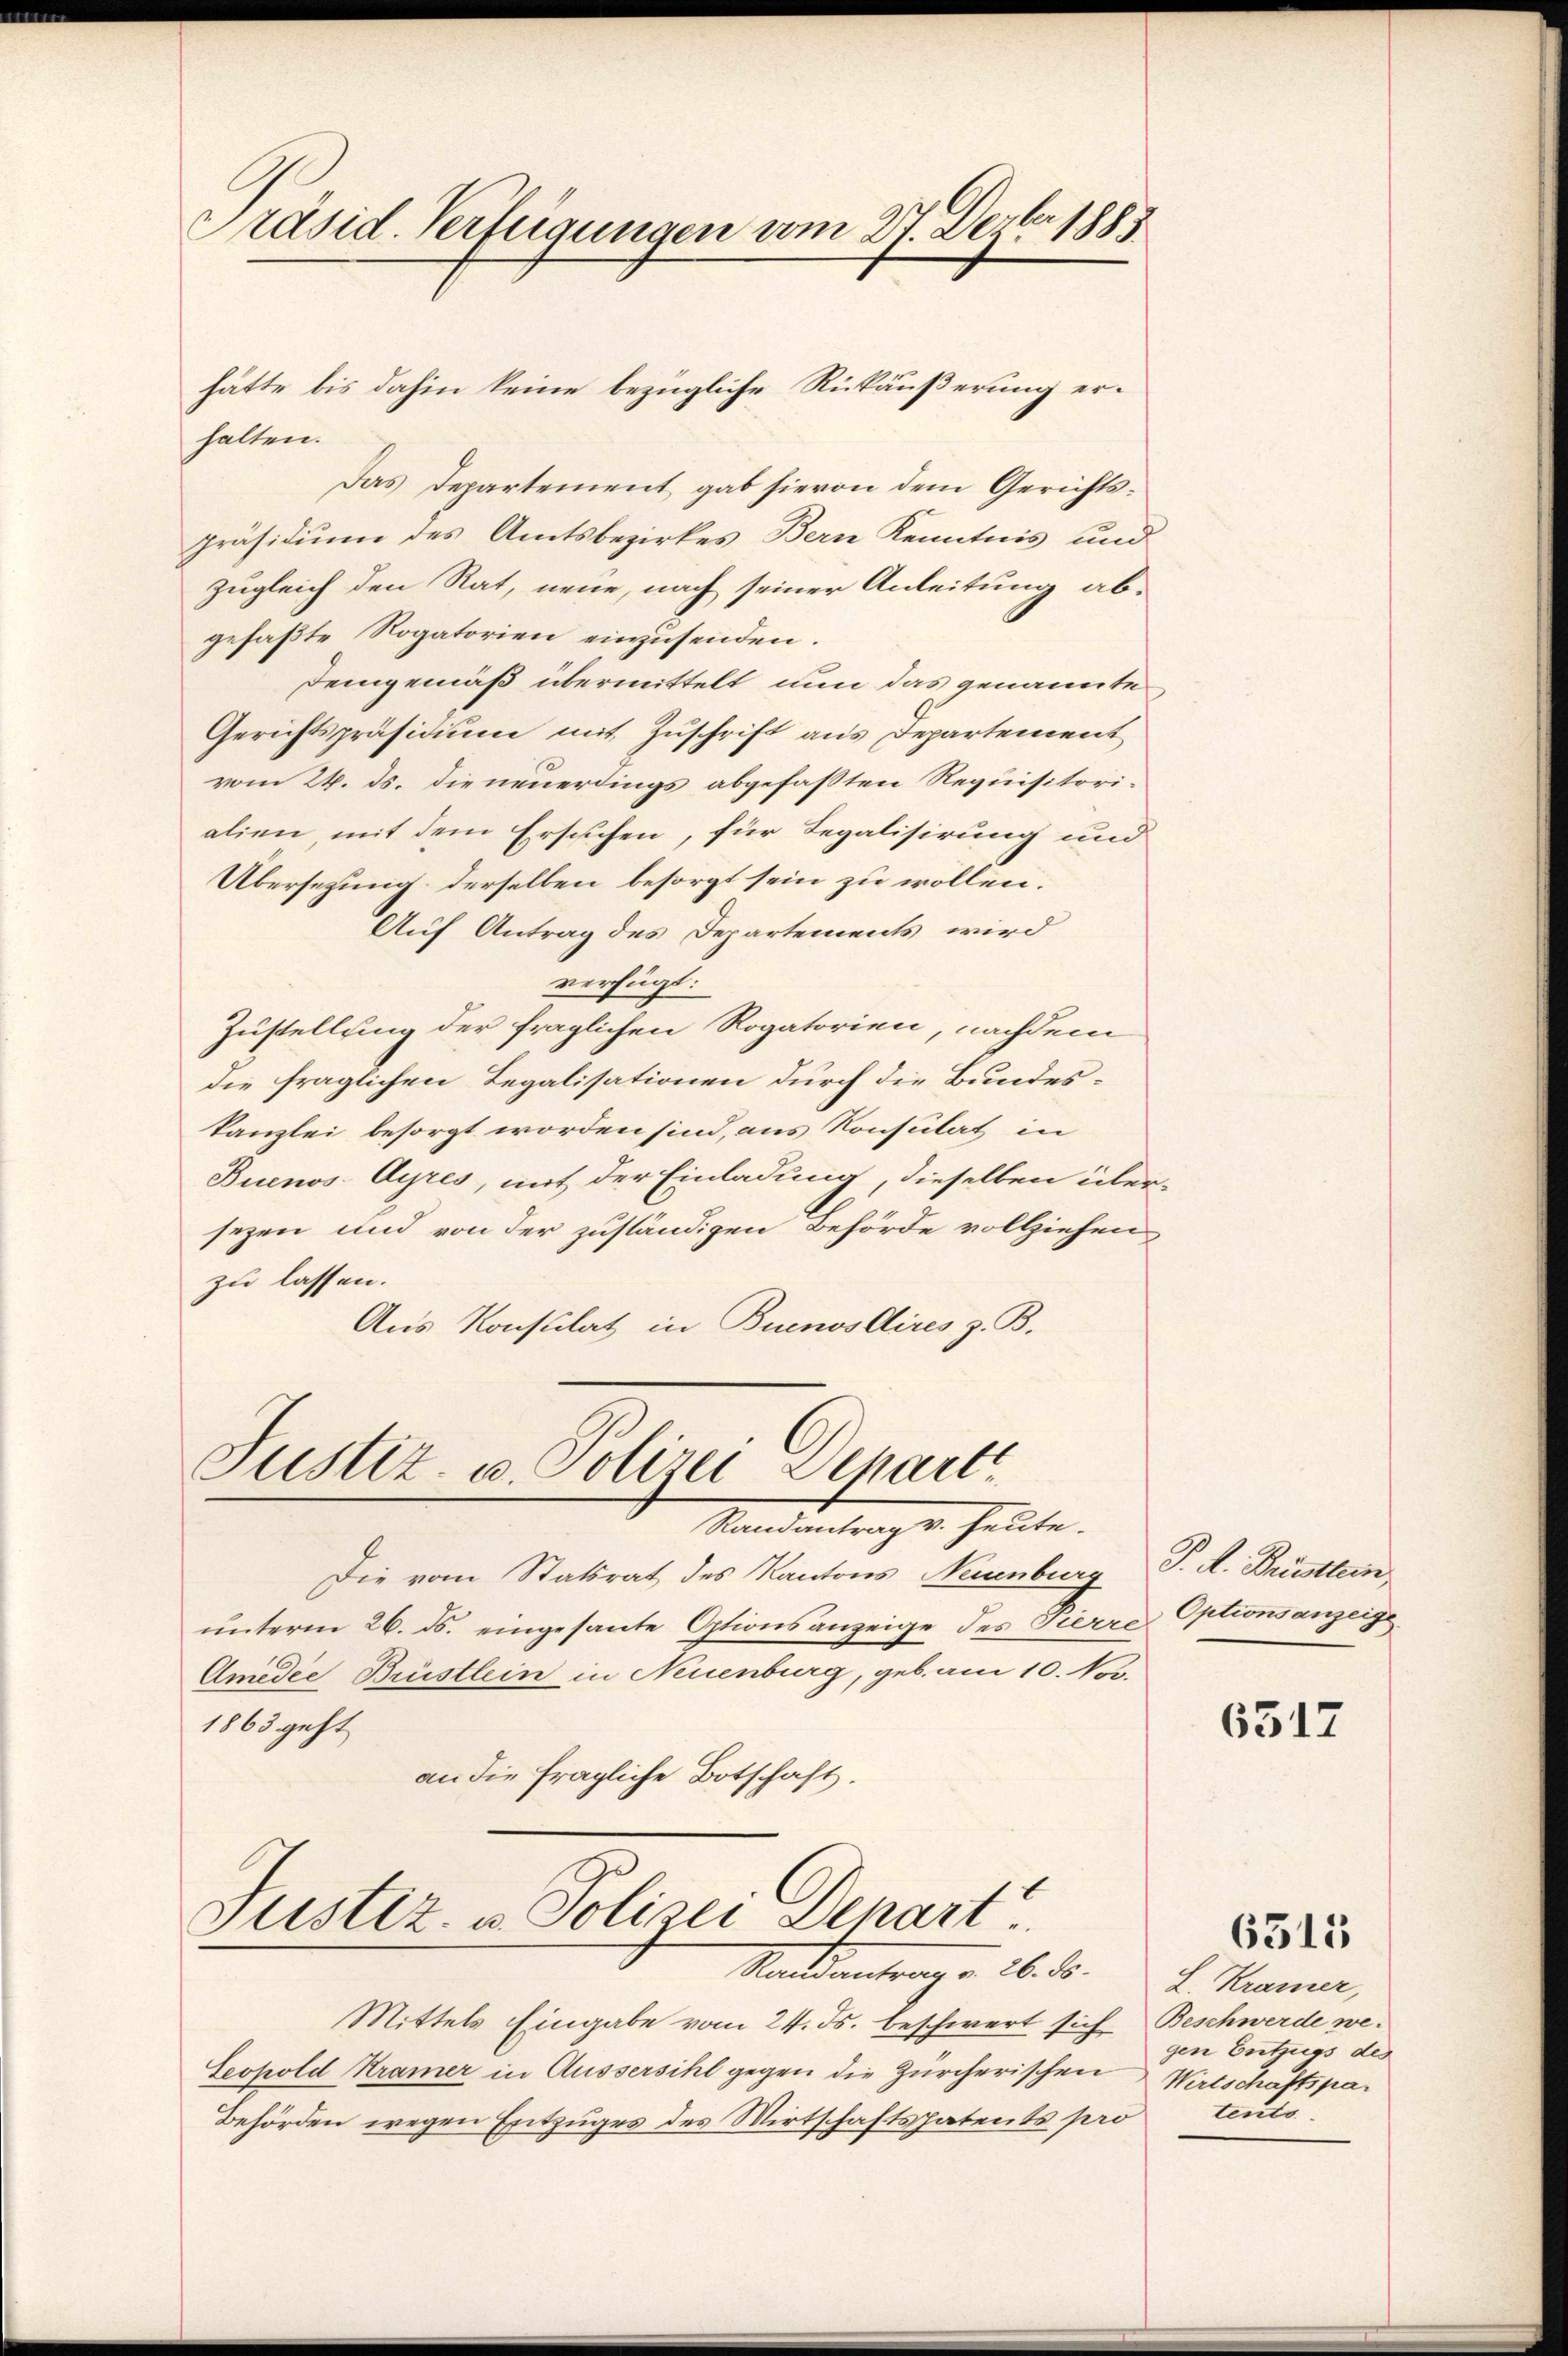
Präsid. Verfeigungen vom 27. Derber 1888

hätte bis dahin keine bezügliche Rückäußerung er¬

halten.
Das Departement gab hievon dem Gerichtspräsidium des Amtsbezirkes Bern Kenntnis und
zugleich den Rat, neue, nach seiner Anleitung abgefaßte Rogatorien einzusenden.
Demgemäß übermittelt nun das genannte
Gerichtspräsidium mit Zuschrift aus Departement
vom 24. ds. die neuerdings abgefaßten Requisitorialien, mit dem Ersuchen, für Regalisirung und
Übersezung derselben besorgt sein zu wollen.
Auf Antrag des Departements wird
verfügt:
Zustellung der fraglichen Rogatorien, nachdem
die fraglichen Legalisationen durch die Bundeskanzlei besorgt worden sind, aus Konsulat in
Buenos-Ayres, mit der Einladung, dieselben über
sezen und von der zuständigen Behörde vollziehen
zu lassen.
Aus Konsulat in Buenos Aires z. B.

Justiz- u. Polizei Depart
Randantrage heute.

Die vom Statsrat des Kantons Neuenburg
unterm 26. ds. eingesante Optionsanzeige des Tierre Optionsanzeige
Amedie Brüstlein in Neuenburg, geb. am 10. Nov.
1863 geht
an die fragliche Botschaft.

Justiz- u. Polizei Depart
Matsantragen 26. ds.

Mittels Eingabe vom 24. ds. beschwert sich Beschwerde we¬
Seopold Kramer in Äussersihl gegen die Zürcherischen
Behörden wegen Entzuges des Wirtschaftspatents pro tents

P. R. Dritten.

6517

6315

L. Kramer,
gen Entzugs des
Wirtschaftspa¬